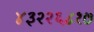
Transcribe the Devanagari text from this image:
४३२२६८१७